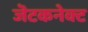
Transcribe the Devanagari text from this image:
जॆटकनेक्ट